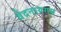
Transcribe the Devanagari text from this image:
वेदनायगम